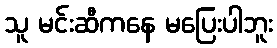
သူ မင်းဆီကနေ မပြေးပါဘူး